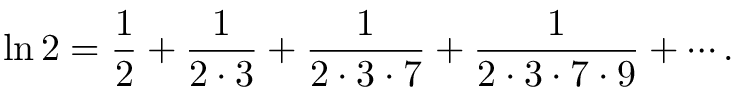
\ln 2 = { \frac { 1 } { 2 } } + { \frac { 1 } { 2 \cdot 3 } } + { \frac { 1 } { 2 \cdot 3 \cdot 7 } } + { \frac { 1 } { 2 \cdot 3 \cdot 7 \cdot 9 } } + \cdots .